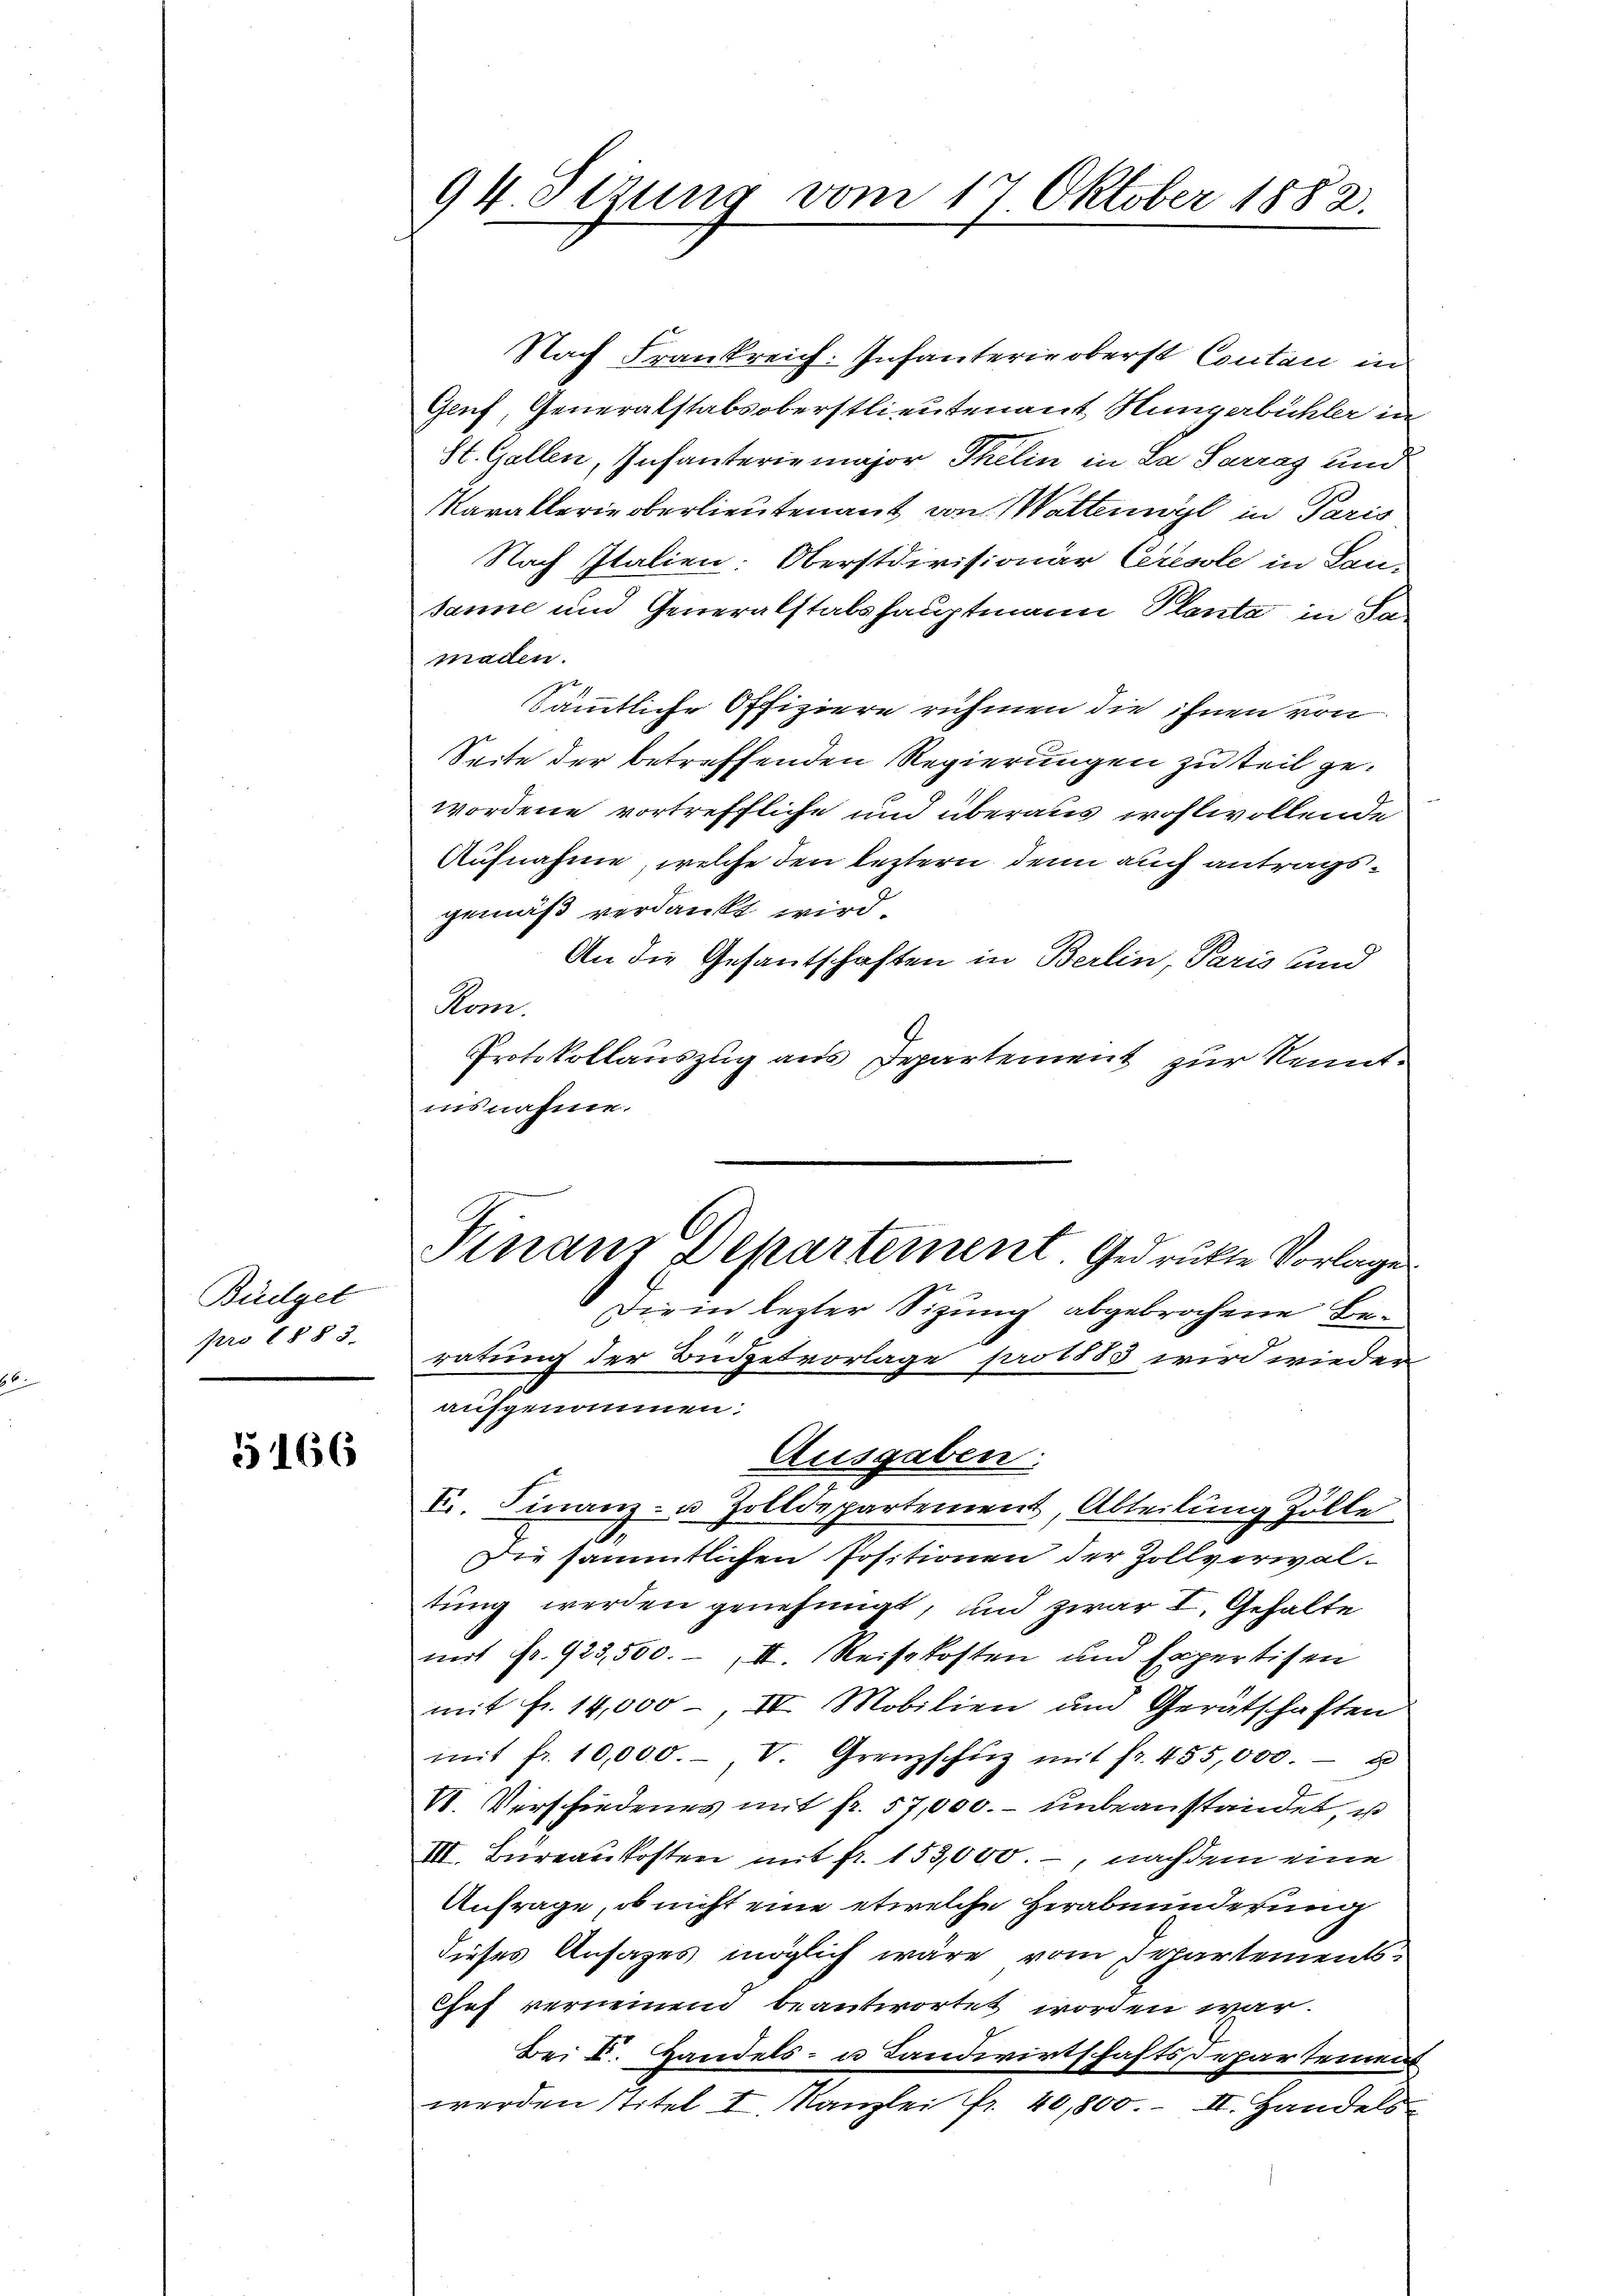
Büdget
pro 1883.

5166

94. Sezung vom 17. Oktober 1882.

Nach Frankreich. Infanterie oberst Contan in
Genf, Generalstabsoberstlieutenant Hungerbühler in
St. Gallen, Infanterie major Thelin in La Sarraz und
Karakterie oberlieutenant von Wattenwyl in Paris
Nach Italien: Oberstdivisionär Ceresole in Lan-
sanne und Generalstalshauptmann Planta in Sa
maden.
Sämmtliche Offiziere rühmen die ihnen von
Seite der betreffenden Regierungen zu teil gewordene vortreffliche und überaus wohlwollende
Aufnahme, welche den leztern, denn auch antragsgemäß verdankt wird.
An die Gesantschaften in Berlin, Paris und
Rom.
Protokollauszug aus Departement zur Kenntinsnahme.
ratung der Büdgetvorlage pro 1883 wird wieder
aufgenommen.
Ausgaben:
F. Finanz- u. Zolldepartement, Abteilung Zölle
2
Die sämmtlichen Positionen der Zollverwaltung werden genehmigt, und zwar I. Gehalte
mit Fr. 923,500. II. Reisekosten und Expertisen
mit fr. 14,000, IV. Mobilien um Gerätschaften
mit fr. 10,000.- V Grenzschüz mit fr. 455,000. u
VI. Verschiedenes mit fr. 57,000. unbeanständet ist
III. Büreaukosten mit fr. 153,000.-, nachdem eine
Anfrage, ob nicht eine etwelche Herabminderung
dieses Ansages möglich wäre vom Departements
Chef verneinend beantwortet worden war.
Bei V. Handels- u Landwirtschaftsdepartement
werden stitel I. Kanzlei fr. 40,800. II. Handels

Finanz Departement. Gedruckte Vorlage
Die in lezter Sitzung abgebrochene Be¬